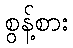
စွန့်စား